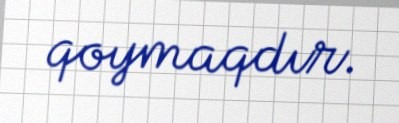
qoymaqdır.